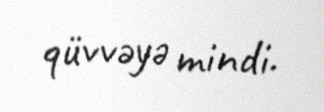
qüvvəyə mindi.